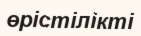
өрістілікті